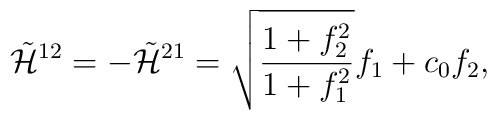
\tilde{{\cal H}}^{12}=-\tilde{{\cal H}}^{21}= \sqrt{\frac{1+f_2^2}{1+f_1^2}}f_1 + c_0 f_2, \nonumber